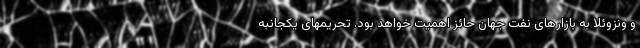
و ونزوئلا به بازارهای نفت جهان حائز اهمیت خواهد بود. تحریمهای یکجانبه